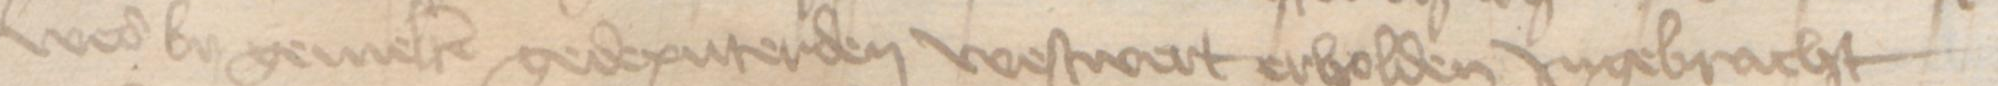
wer by gemelten gedeputerden westwert erholden Jngebracht